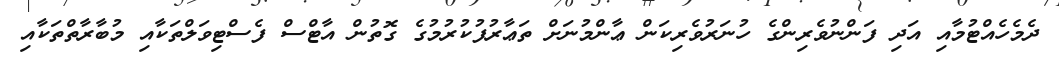
ދެމެހެއްޓުމާއި އަދި ފަންނުވެރިންގެ ހުނަރުވެރިކަން ޢާންމުނަށް ތަޢާރުފުކުރުމުގެ ގޮތުން އާޓްސް ފެސްޓިވަލްތަކާއި މުބާރާތްތަކާއި